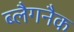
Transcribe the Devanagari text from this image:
ब्लैगनैक